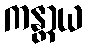
ကန္တာယ